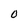
Character: O